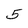
Character: 5